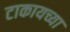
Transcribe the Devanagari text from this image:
टाकायच्या